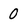
Character: 0